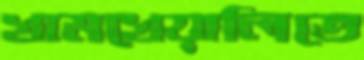
খামখেয়ালিতে